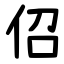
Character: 佋